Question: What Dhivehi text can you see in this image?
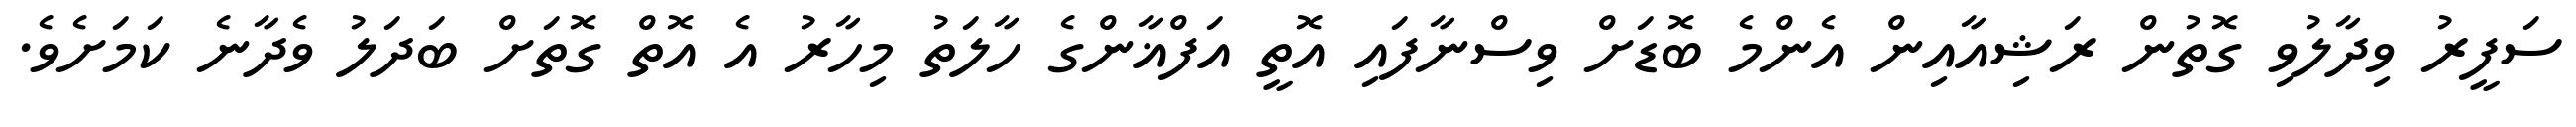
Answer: ސަފީރު ވިދާލުވި ގޮތުން ރަޝިއާއިން އެންމެ ބޮޑަށް ވިސްނާފައި އޮތީ އަފްޣާންގެ ހާލަތު މިހާރު އެ އޮތް ގޮތަށް ބަދަލު ވެދާނެ ކަމަށެވެ.